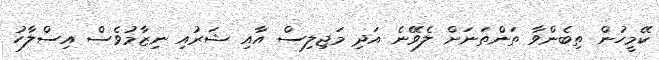
ކޭމީހުން ތިބެންވާ ތަންތަނަށް ލެވޭނެ އަދި މަޖިލިސް އާއި ޝަރުއި ނިޒާމުވެސް އިސްލާހު